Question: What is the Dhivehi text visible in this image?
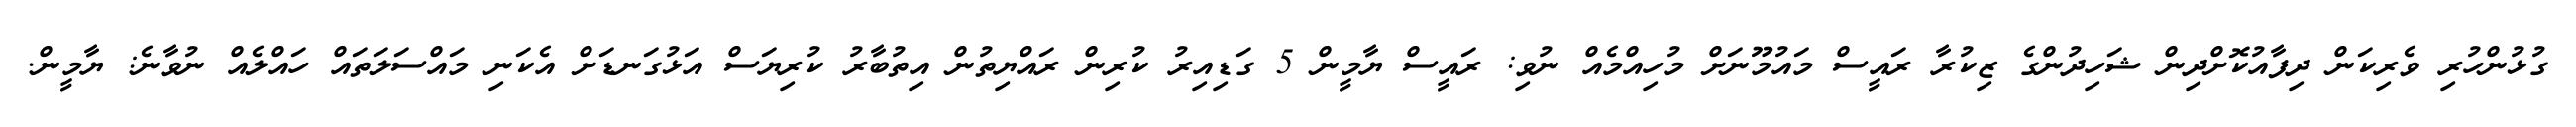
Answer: ގުޅުންހުރި ވެރިކަން ދިފާއުކޮށްދިން ޝަހިދުންގެ ޒިކުރާ ރައީސް މައުމޫނަށް މުހިއްމެއް ނުވި: ރައީސް ޔާމީން 5 ގަޑިއިރު ކުރިން ރައްޔިތުން އިތުބާރު ކުރިޔަސް އަޅުގަނޑަށް އެކަނި މައްސަލަތައް ހައްލެއް ނުވާނެ: ޔާމީން.